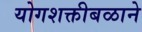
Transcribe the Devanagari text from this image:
योगशक्तीबळाने